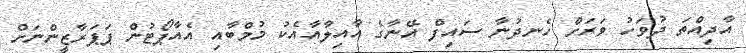
އާދިއްތަ ދުވަހު ވަރަށް ހެނދުނާ ސައިފް އޭނާގެ އާއިލާއާއެކު މުމްބާއި އެއާޕޯޓުން ޕަޕަރާޒީންނަށް